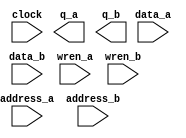
// megafunction wizard: %RAM: 2-PORT%VBB%
// GENERATION: STANDARD
// VERSION: WM1.0
// MODULE: altsyncram 

// ============================================================
// Megafunction Name(s):
// 			altsyncram
//
// Simulation Library Files(s):
// 			altera_mf
// ============================================================
// ************************************************************
// THIS IS A WIZARD-GENERATED FILE. DO NOT EDIT THIS FILE!
//
// 17.1.0 Build 590 10/25/2017 SJ Lite Edition
// ************************************************************

//Copyright (C) 2017  Intel Corporation. All rights reserved.
//Your use of Intel Corporation's design tools, logic functions 
//and other software and tools, and its AMPP partner logic 
//functions, and any output files from any of the foregoing 
//(including device programming or simulation files), and any 
//associated documentation or information are expressly subject 
//to the terms and conditions of the Intel Program License 
//Subscription Agreement, the Intel Quartus Prime License Agreement,
//the Intel FPGA IP License Agreement, or other applicable license
//agreement, including, without limitation, that your use is for
//the sole purpose of programming logic devices manufactured by
//Intel and sold by Intel or its authorized distributors.  Please
//refer to the applicable agreement for further details.

module opl3_mem (
	address_a,
	address_b,
	clock,
	data_a,
	data_b,
	wren_a,
	wren_b,
	q_a,
	q_b);

	input	[12:0]  address_a;
	input	[11:0]  address_b;
	input	  clock;
	input	[7:0]  data_a;
	input	[15:0]  data_b;
	input	  wren_a;
	input	  wren_b;
	output	[7:0]  q_a;
	output	[15:0]  q_b;
`ifndef ALTERA_RESERVED_QIS
// synopsys translate_off
`endif
	tri1	  clock;
	tri0	  wren_a;
	tri0	  wren_b;
`ifndef ALTERA_RESERVED_QIS
// synopsys translate_on
`endif

endmodule

// ============================================================
// CNX file retrieval info
// ============================================================
// Retrieval info: PRIVATE: ADDRESSSTALL_A NUMERIC "0"
// Retrieval info: PRIVATE: ADDRESSSTALL_B NUMERIC "0"
// Retrieval info: PRIVATE: BYTEENA_ACLR_A NUMERIC "0"
// Retrieval info: PRIVATE: BYTEENA_ACLR_B NUMERIC "0"
// Retrieval info: PRIVATE: BYTE_ENABLE_A NUMERIC "0"
// Retrieval info: PRIVATE: BYTE_ENABLE_B NUMERIC "0"
// Retrieval info: PRIVATE: BYTE_SIZE NUMERIC "8"
// Retrieval info: PRIVATE: BlankMemory NUMERIC "0"
// Retrieval info: PRIVATE: CLOCK_ENABLE_INPUT_A NUMERIC "0"
// Retrieval info: PRIVATE: CLOCK_ENABLE_INPUT_B NUMERIC "0"
// Retrieval info: PRIVATE: CLOCK_ENABLE_OUTPUT_A NUMERIC "0"
// Retrieval info: PRIVATE: CLOCK_ENABLE_OUTPUT_B NUMERIC "0"
// Retrieval info: PRIVATE: CLRdata NUMERIC "0"
// Retrieval info: PRIVATE: CLRq NUMERIC "0"
// Retrieval info: PRIVATE: CLRrdaddress NUMERIC "0"
// Retrieval info: PRIVATE: CLRrren NUMERIC "0"
// Retrieval info: PRIVATE: CLRwraddress NUMERIC "0"
// Retrieval info: PRIVATE: CLRwren NUMERIC "0"
// Retrieval info: PRIVATE: Clock NUMERIC "0"
// Retrieval info: PRIVATE: Clock_A NUMERIC "0"
// Retrieval info: PRIVATE: Clock_B NUMERIC "0"
// Retrieval info: PRIVATE: IMPLEMENT_IN_LES NUMERIC "0"
// Retrieval info: PRIVATE: INDATA_ACLR_B NUMERIC "0"
// Retrieval info: PRIVATE: INDATA_REG_B NUMERIC "1"
// Retrieval info: PRIVATE: INIT_FILE_LAYOUT STRING "PORT_A"
// Retrieval info: PRIVATE: INIT_TO_SIM_X NUMERIC "0"
// Retrieval info: PRIVATE: INTENDED_DEVICE_FAMILY STRING "Cyclone 10 LP"
// Retrieval info: PRIVATE: JTAG_ENABLED NUMERIC "0"
// Retrieval info: PRIVATE: JTAG_ID STRING "NONE"
// Retrieval info: PRIVATE: MAXIMUM_DEPTH NUMERIC "0"
// Retrieval info: PRIVATE: MEMSIZE NUMERIC "65536"
// Retrieval info: PRIVATE: MEM_IN_BITS NUMERIC "0"
// Retrieval info: PRIVATE: MIFfilename STRING "opl3.mif"
// Retrieval info: PRIVATE: OPERATION_MODE NUMERIC "3"
// Retrieval info: PRIVATE: OUTDATA_ACLR_B NUMERIC "0"
// Retrieval info: PRIVATE: OUTDATA_REG_B NUMERIC "0"
// Retrieval info: PRIVATE: RAM_BLOCK_TYPE NUMERIC "0"
// Retrieval info: PRIVATE: READ_DURING_WRITE_MODE_MIXED_PORTS NUMERIC "2"
// Retrieval info: PRIVATE: READ_DURING_WRITE_MODE_PORT_A NUMERIC "4"
// Retrieval info: PRIVATE: READ_DURING_WRITE_MODE_PORT_B NUMERIC "4"
// Retrieval info: PRIVATE: REGdata NUMERIC "1"
// Retrieval info: PRIVATE: REGq NUMERIC "0"
// Retrieval info: PRIVATE: REGrdaddress NUMERIC "0"
// Retrieval info: PRIVATE: REGrren NUMERIC "0"
// Retrieval info: PRIVATE: REGwraddress NUMERIC "1"
// Retrieval info: PRIVATE: REGwren NUMERIC "1"
// Retrieval info: PRIVATE: SYNTH_WRAPPER_GEN_POSTFIX STRING "0"
// Retrieval info: PRIVATE: USE_DIFF_CLKEN NUMERIC "0"
// Retrieval info: PRIVATE: UseDPRAM NUMERIC "1"
// Retrieval info: PRIVATE: VarWidth NUMERIC "1"
// Retrieval info: PRIVATE: WIDTH_READ_A NUMERIC "8"
// Retrieval info: PRIVATE: WIDTH_READ_B NUMERIC "16"
// Retrieval info: PRIVATE: WIDTH_WRITE_A NUMERIC "8"
// Retrieval info: PRIVATE: WIDTH_WRITE_B NUMERIC "16"
// Retrieval info: PRIVATE: WRADDR_ACLR_B NUMERIC "0"
// Retrieval info: PRIVATE: WRADDR_REG_B NUMERIC "1"
// Retrieval info: PRIVATE: WRCTRL_ACLR_B NUMERIC "0"
// Retrieval info: PRIVATE: enable NUMERIC "0"
// Retrieval info: PRIVATE: rden NUMERIC "0"
// Retrieval info: LIBRARY: altera_mf altera_mf.altera_mf_components.all
// Retrieval info: CONSTANT: ADDRESS_REG_B STRING "CLOCK0"
// Retrieval info: CONSTANT: CLOCK_ENABLE_INPUT_A STRING "BYPASS"
// Retrieval info: CONSTANT: CLOCK_ENABLE_INPUT_B STRING "BYPASS"
// Retrieval info: CONSTANT: CLOCK_ENABLE_OUTPUT_A STRING "BYPASS"
// Retrieval info: CONSTANT: CLOCK_ENABLE_OUTPUT_B STRING "BYPASS"
// Retrieval info: CONSTANT: INDATA_REG_B STRING "CLOCK0"
// Retrieval info: CONSTANT: INIT_FILE STRING "opl3.mif"
// Retrieval info: CONSTANT: INIT_FILE_LAYOUT STRING "PORT_A"
// Retrieval info: CONSTANT: INTENDED_DEVICE_FAMILY STRING "Cyclone 10 LP"
// Retrieval info: CONSTANT: LPM_TYPE STRING "altsyncram"
// Retrieval info: CONSTANT: NUMWORDS_A NUMERIC "8192"
// Retrieval info: CONSTANT: NUMWORDS_B NUMERIC "4096"
// Retrieval info: CONSTANT: OPERATION_MODE STRING "BIDIR_DUAL_PORT"
// Retrieval info: CONSTANT: OUTDATA_ACLR_A STRING "NONE"
// Retrieval info: CONSTANT: OUTDATA_ACLR_B STRING "NONE"
// Retrieval info: CONSTANT: OUTDATA_REG_A STRING "UNREGISTERED"
// Retrieval info: CONSTANT: OUTDATA_REG_B STRING "UNREGISTERED"
// Retrieval info: CONSTANT: POWER_UP_UNINITIALIZED STRING "FALSE"
// Retrieval info: CONSTANT: READ_DURING_WRITE_MODE_MIXED_PORTS STRING "DONT_CARE"
// Retrieval info: CONSTANT: READ_DURING_WRITE_MODE_PORT_A STRING "NEW_DATA_WITH_NBE_READ"
// Retrieval info: CONSTANT: READ_DURING_WRITE_MODE_PORT_B STRING "NEW_DATA_WITH_NBE_READ"
// Retrieval info: CONSTANT: WIDTHAD_A NUMERIC "13"
// Retrieval info: CONSTANT: WIDTHAD_B NUMERIC "12"
// Retrieval info: CONSTANT: WIDTH_A NUMERIC "8"
// Retrieval info: CONSTANT: WIDTH_B NUMERIC "16"
// Retrieval info: CONSTANT: WIDTH_BYTEENA_A NUMERIC "1"
// Retrieval info: CONSTANT: WIDTH_BYTEENA_B NUMERIC "1"
// Retrieval info: CONSTANT: WRCONTROL_WRADDRESS_REG_B STRING "CLOCK0"
// Retrieval info: USED_PORT: address_a 0 0 13 0 INPUT NODEFVAL "address_a[12..0]"
// Retrieval info: USED_PORT: address_b 0 0 12 0 INPUT NODEFVAL "address_b[11..0]"
// Retrieval info: USED_PORT: clock 0 0 0 0 INPUT VCC "clock"
// Retrieval info: USED_PORT: data_a 0 0 8 0 INPUT NODEFVAL "data_a[7..0]"
// Retrieval info: USED_PORT: data_b 0 0 16 0 INPUT NODEFVAL "data_b[15..0]"
// Retrieval info: USED_PORT: q_a 0 0 8 0 OUTPUT NODEFVAL "q_a[7..0]"
// Retrieval info: USED_PORT: q_b 0 0 16 0 OUTPUT NODEFVAL "q_b[15..0]"
// Retrieval info: USED_PORT: wren_a 0 0 0 0 INPUT GND "wren_a"
// Retrieval info: USED_PORT: wren_b 0 0 0 0 INPUT GND "wren_b"
// Retrieval info: CONNECT: @address_a 0 0 13 0 address_a 0 0 13 0
// Retrieval info: CONNECT: @address_b 0 0 12 0 address_b 0 0 12 0
// Retrieval info: CONNECT: @clock0 0 0 0 0 clock 0 0 0 0
// Retrieval info: CONNECT: @data_a 0 0 8 0 data_a 0 0 8 0
// Retrieval info: CONNECT: @data_b 0 0 16 0 data_b 0 0 16 0
// Retrieval info: CONNECT: @wren_a 0 0 0 0 wren_a 0 0 0 0
// Retrieval info: CONNECT: @wren_b 0 0 0 0 wren_b 0 0 0 0
// Retrieval info: CONNECT: q_a 0 0 8 0 @q_a 0 0 8 0
// Retrieval info: CONNECT: q_b 0 0 16 0 @q_b 0 0 16 0
// Retrieval info: GEN_FILE: TYPE_NORMAL opl3_mem.v TRUE
// Retrieval info: GEN_FILE: TYPE_NORMAL opl3_mem.inc FALSE
// Retrieval info: GEN_FILE: TYPE_NORMAL opl3_mem.cmp FALSE
// Retrieval info: GEN_FILE: TYPE_NORMAL opl3_mem.bsf FALSE
// Retrieval info: GEN_FILE: TYPE_NORMAL opl3_mem_inst.v FALSE
// Retrieval info: GEN_FILE: TYPE_NORMAL opl3_mem_bb.v TRUE
// Retrieval info: LIB_FILE: altera_mf